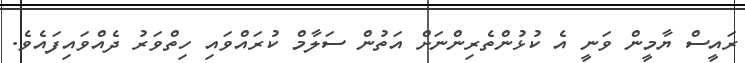
ރައީސް ޔާމީން ވަނީ އެ ކުޅުންތެރިންނަށް އަތުން ސަލާމް ކުރައްވައި ހިތްވަރު ދެއްވައިފައެވެ.